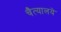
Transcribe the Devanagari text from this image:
चैत्यालये